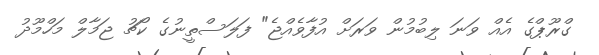
ގްރޫޕްގެ އެއް ވަނަ ލިބުމުން ވަރަށް އުފާވެއްޖެ" ފަލަސްތީނުގެ ކޯޗު ޖަމާލް މަހްމޫދު